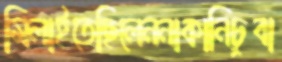
মিলাইতেছিলেননাকানিচুবা